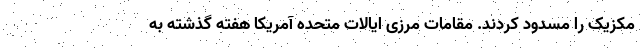
مکزیک را مسدود کردند. مقامات مرزی ایالات متحده آمریکا هفته گذشته به